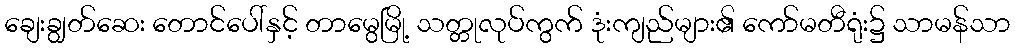
ချေးချွတ်ဆေး တောင်ပေါ်နှင့် တာမွေမြို့ သတ္တုလုပ်ကွက် ဒုံးကျည်များ၏ ကော်မတီရုံး၌ သာမန်သာ